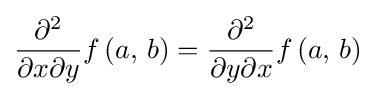
{\frac {\partial ^{2}}{\partial x\partial y}}f\left(a,\,b\right)={\frac {\partial ^{2}}{\partial y\partial x}}f\left(a,\,b\right)